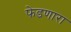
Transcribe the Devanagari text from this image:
फेडणारा